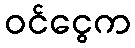
ဝင်ငွေက